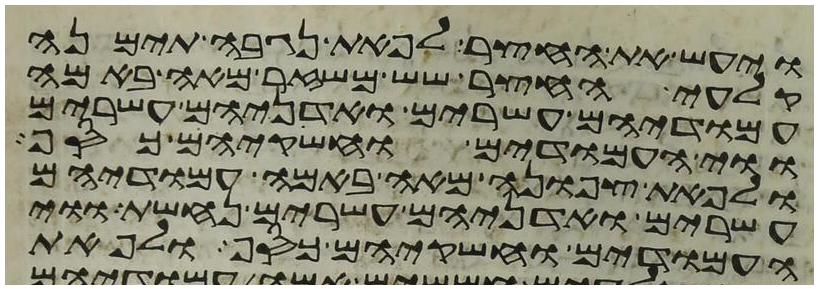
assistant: ויעש את החצר לפאת נגבה תימנה
קלעי החצר שש משזר מאה באמה
עמודיהם עשרים ואדניהם עשרים
ווי העמודים וחשקיהם כסף
ולפאת צפונה מאה באמה עמודיהם
עשרים ואדניהם עשרים נחשת ווי
העמודים וחשקיהם כסף ולפאת